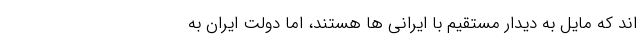
اند که مایل به دیدار مستقیم با ایرانی ها هستند، اما دولت ایران به